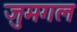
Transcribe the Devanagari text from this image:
जुमगल